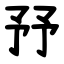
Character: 㐨